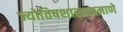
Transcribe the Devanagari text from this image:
ज्योतिषशास्त्राप्रमाणे